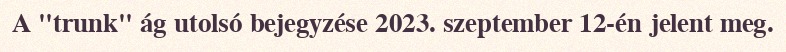
A "trunk" ág utolsó bejegyzése 2023. szeptember 12-én jelent meg.